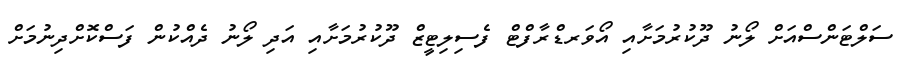
ސަލްޓަންސްއަށް ލޯނު ދޫކުރުމަށާއި އޯވަރޑްރާފްޓް ފެސިލިޓީޒް ދޫކުރުމަށާއި އަދި ލޯނު ދެއްކުން ފަސްކޮށްދިނުމަށް